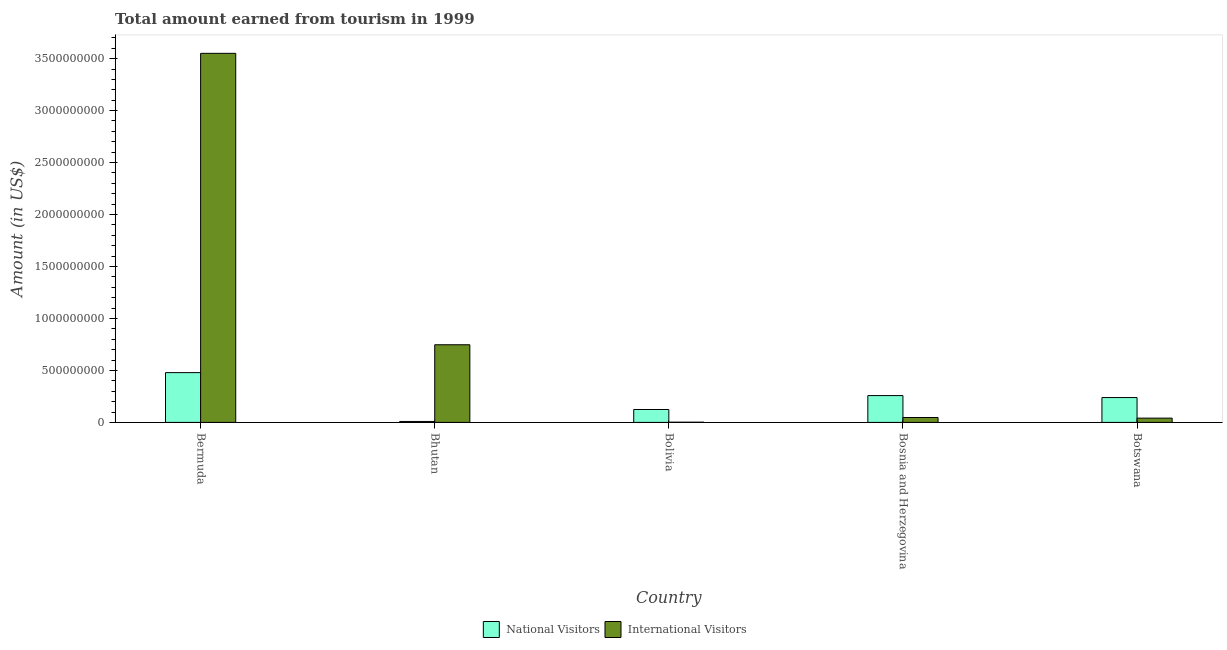
| Country | National Visitors | International Visitors |
 | --- | --- | --- |
 | Bermuda | 4.79e+08 | 3.55e+09 |
 | Bhutan | 9e+06 | 7.47e+08 |
 | Bolivia | 1.24e+08 | 2e+06 |
 | Bosnia and Herzegovina | 2.58e+08 | 4.7e+07 |
 | Botswana | 2.39e+08 | 4.1e+07 |